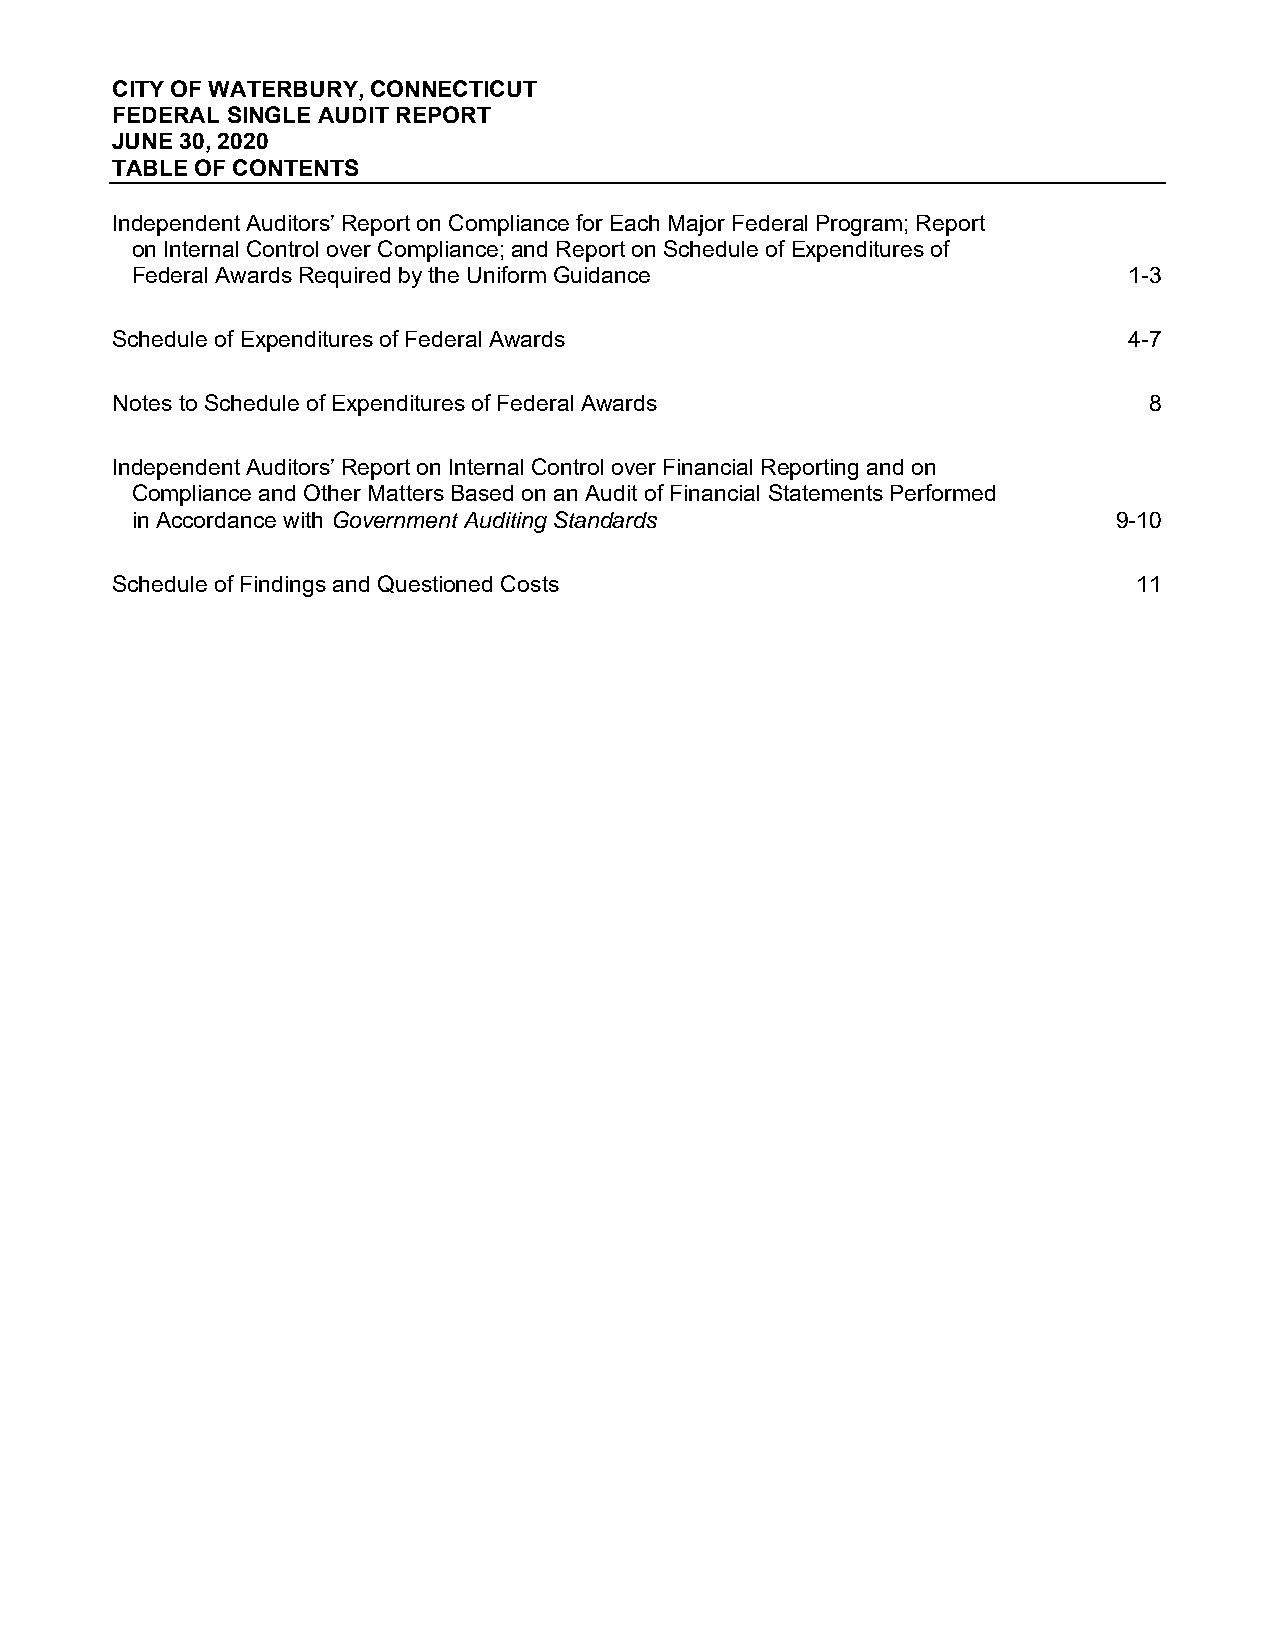
CITY OF WATERBURY, CONNECTICUT
 FEDERAL SINGLE AUDIT REPORT
 JUNE 30, 2020
 TABLE OF CONTENTS
 Independent Auditors’ Report on Compliance for Each Major Federal Program; Report
 on Internal Control over Compliance; and Report on Schedule of Expenditures of
 Federal Awards Required by the Uniform Guidance                   1-3
 Schedule of Expenditures of Federal Awards                          4-7
 Notes to Schedule of Expenditures of Federal Awards                  8
 Independent Auditors’ Report on Internal Control over Financial Reporting and on
 Compliance and Other Matters Based on an Audit of Financial Statements Performed
 in Accordance with Government Auditing Standards                 9-10
 Schedule of Findings and Questioned Costs                           11